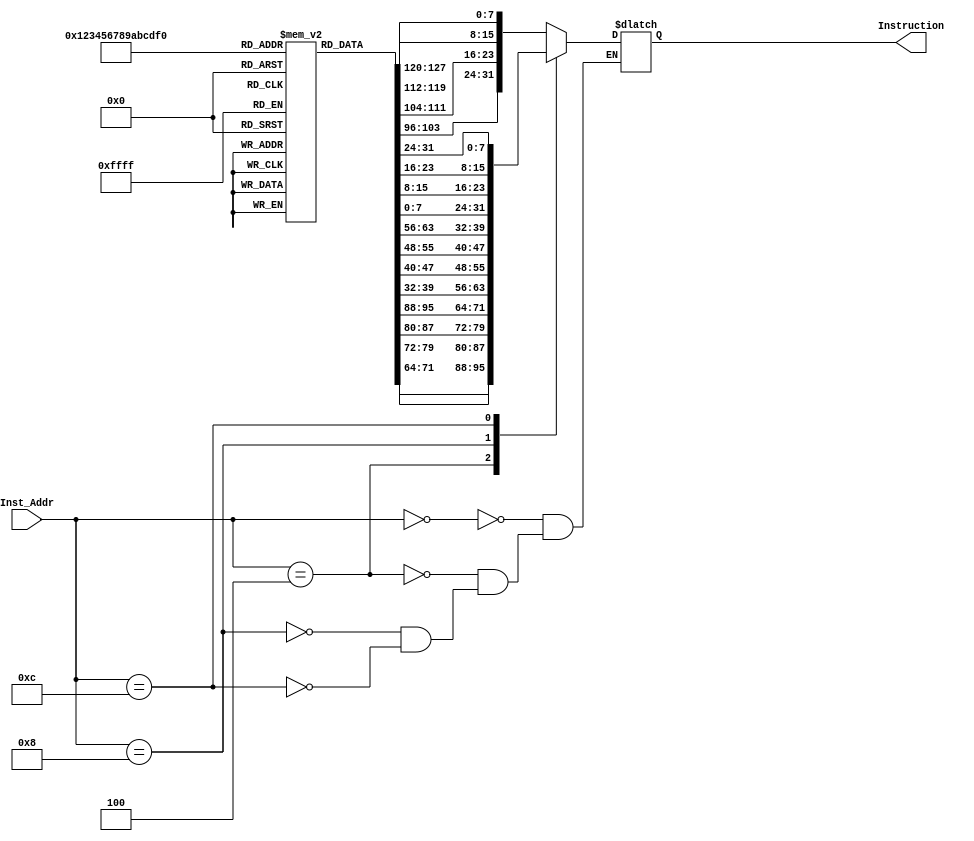
module Instruction_Memory
(
        input [63:0] Inst_Addr,
        output reg [31:0] Instruction
);
  reg [7:0] ins_mem [15:0] ;
  initial
  begin
    ins_mem [0] = 8'b10000011;
    ins_mem [1] = 8'b00110100;
    ins_mem [2] = 8'b00000101;
    ins_mem [3] = 8'b00001111;
    ins_mem [4] = 8'b10110011;
    ins_mem [5] = 8'b10000100;
    ins_mem [6] = 8'b10011010;
    ins_mem [7] = 8'b00000000;
    ins_mem [8] = 8'b10010011;
    ins_mem [9] = 8'b10000100;
    ins_mem [10] = 8'b00010100;
    ins_mem [11] = 8'b00000000;
    ins_mem [12] = 8'b00100011;
    ins_mem [13] = 8'b00111000;
    ins_mem [14] = 8'b10010101;
    ins_mem [15] = 8'b00001110;
  end
  always @ (Inst_Addr)
    begin
      case(Inst_Addr)
        64'd0: Instruction = {ins_mem[3], ins_mem[2], ins_mem[1], ins_mem[0]};
        64'd4: Instruction = {ins_mem[7], ins_mem[6], ins_mem[5], ins_mem[4]};
        64'd8: Instruction = {ins_mem[11], ins_mem[10], ins_mem[9], ins_mem[8]};
        64'd12: Instruction = {ins_mem[15], ins_mem[14], ins_mem[13], ins_mem[12]}; 
      endcase
    end 
endmodule